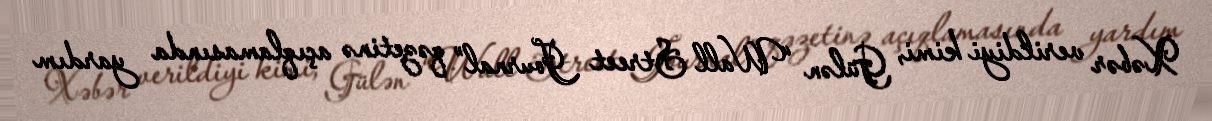
Xəbər verildiyi kimi, Gülən “Wall Street Journal” qəzetinə açıqlamasında yardım